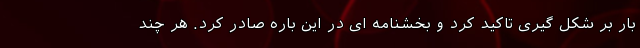
بار بر شکل گیری تاکید کرد و بخشنامه ای در این باره صادر کرد. هر چند